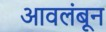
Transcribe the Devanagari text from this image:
आवलंबून